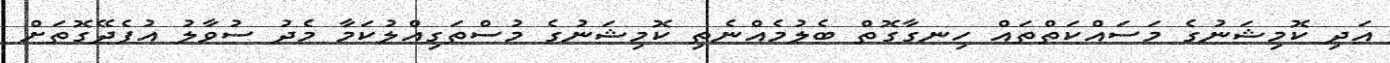
އަދި ކޮމިޝަނުގެ މަސައްކަތްތައް ހިނގާގޮތް ބެލުމެއްނެތި ކޮމިޝަނުގެ މުސްތަގިއްލުކަމާ މެދު ސުވާލު އުފެދޭގޮތަށް